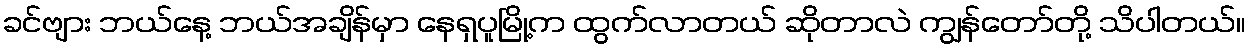
ခင်ဗျား ဘယ်နေ့ ဘယ်အချိန်မှာ နေရှပူမြို့က ထွက်လာတယ် ဆိုတာလဲ ကျွန်တော်တို့ သိပါတယ်။